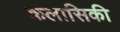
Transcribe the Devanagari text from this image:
कलासिकी